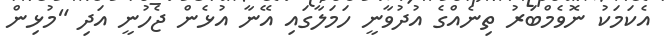
އެކަމަކު ނޮވެމްބަރު ތިނެއްގެ އުދުވާނީ ހަމަލާގައި އޭނާ އުޅެން ޖެހުނީ އަދި "މުޅިން